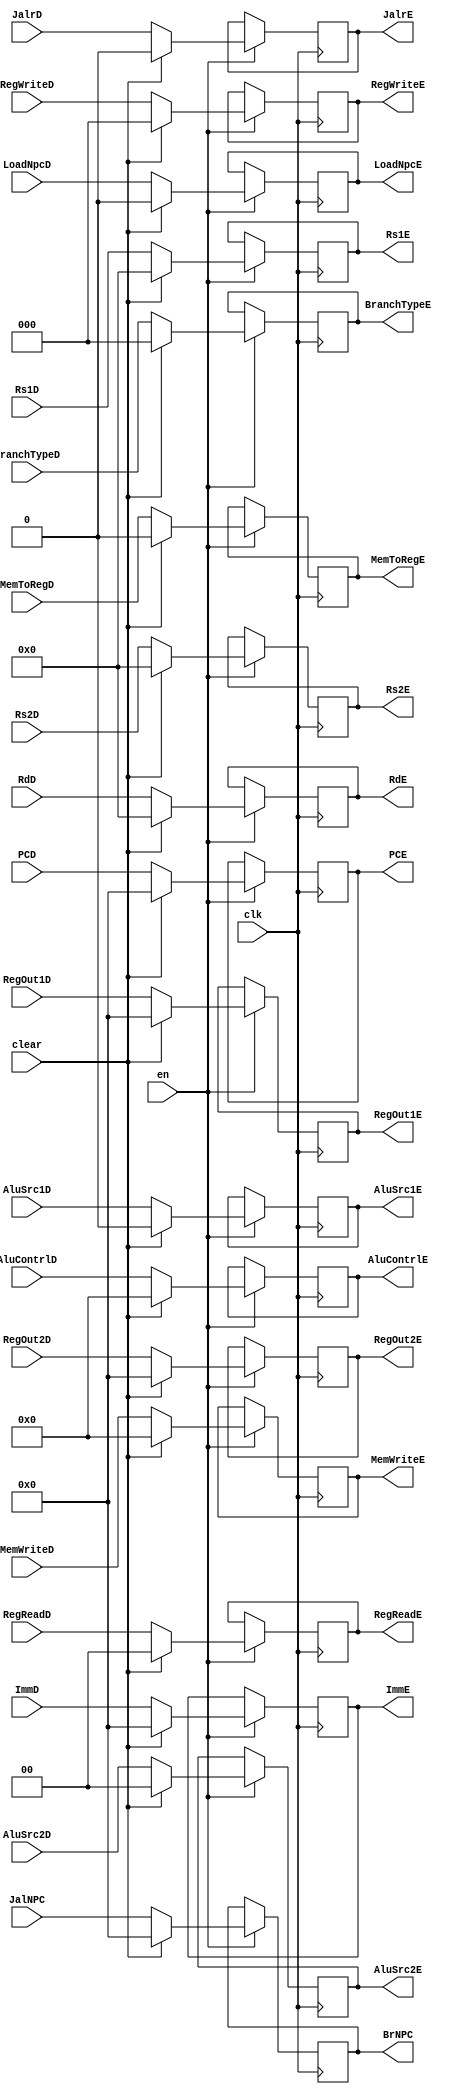
`timescale 1ns / 1ps
//////////////////////////////////////////////////////////////////////////////////
// Design Name: RISCV-Pipline CPU
// Module Name: EXSegReg
// Target Devices: Nexys4
// Tool Versions: Vivado 2017.4.1
// Description: ID-EX Segment Register
//////////////////////////////////////////////////////////////////////////////////
module EXSegReg(
    input wire clk,
    input wire en,
    input wire clear,
    //Data Signals
    input wire [31:0] PCD,
    output reg [31:0] PCE, 
    input wire [31:0] JalNPC,
    output reg [31:0] BrNPC, 
    input wire [31:0] ImmD,
    output reg [31:0] ImmE,
    input wire [4:0] RdD,
    output reg [4:0] RdE,
    input wire [4:0] Rs1D,
    output reg [4:0] Rs1E,
    input wire [4:0] Rs2D,
    output reg [4:0] Rs2E,
    input wire [31:0] RegOut1D,
    output reg [31:0] RegOut1E,
    input wire [31:0] RegOut2D,
    output reg [31:0] RegOut2E,
    //Control Signals
    input wire JalrD,
    output reg JalrE,
    input wire [2:0] RegWriteD,
    output reg [2:0] RegWriteE,
    input wire MemToRegD,
    output reg MemToRegE,
    input wire [3:0] MemWriteD,
    output reg [3:0] MemWriteE,
    input wire LoadNpcD,
    output reg LoadNpcE,
    input wire [1:0] RegReadD,
    output reg [1:0] RegReadE, 
    input wire [2:0] BranchTypeD,
    output reg [2:0] BranchTypeE,
    input wire [3:0] AluContrlD,    //!
    output reg [3:0] AluContrlE,    //!
    input wire AluSrc1D,
    output reg AluSrc1E,
    input wire [1:0] AluSrc2D,
    output reg [1:0] AluSrc2E
    );
    initial begin
        PCE        = 32'b0; 
        BrNPC      = 32'b0; 
        ImmE       = 32'b0;
        RdE        = 32'b0;
        Rs1E       = 5'b0;
        Rs2E       = 5'b0;
        RegOut1E   = 32'b0;
        RegOut2E   = 32'b0;
        JalrE      = 1'b0;
        RegWriteE  = 1'b0;
        MemToRegE  = 1'b0;
        MemWriteE  = 1'b0;
        LoadNpcE   = 1'b0;
        RegReadE   = 2'b00;
        BranchTypeE = 3'b0;
        AluContrlE = 4'b0;
        AluSrc1E   = 1'b0; 
        AluSrc2E   = 2'b0; 
    end
    //
    always@(posedge clk) begin
        if(en)
            if(clear)
                begin
                PCE<=32'b0; 
                BrNPC<=32'b0; 
                ImmE<=32'b0;
                RdE<=32'b0;
                Rs1E<=5'b0;
                Rs2E<=5'b0;
                RegOut1E<=32'b0;
                RegOut2E<=32'b0;
                JalrE<=1'b0;
                RegWriteE<=1'b0;
                MemToRegE<=1'b0;
                MemWriteE<=1'b0;
                LoadNpcE<=1'b0;
                RegReadE<=2'b00;
                BranchTypeE = 3'b0;
                AluContrlE<=4'b0;
                AluSrc1E<=1'b0; 
                AluSrc2E<=2'b0;     
            end else begin
                PCE<=PCD; 
                BrNPC<=JalNPC; 
                ImmE<=ImmD;
                RdE<=RdD;
                Rs1E<=Rs1D;
                Rs2E<=Rs2D;
                RegOut1E<=RegOut1D;
                RegOut2E<=RegOut2D;
                JalrE<=JalrD;
                RegWriteE=RegWriteD;
                MemToRegE<=MemToRegD;
                MemWriteE<=MemWriteD;
                LoadNpcE<=LoadNpcD;
                RegReadE<=RegReadD;
                BranchTypeE = BranchTypeD;
                AluContrlE<=AluContrlD;
                AluSrc1E<=AluSrc1D;
                AluSrc2E<=AluSrc2D;         
            end
        end
    
endmodule

//
    //EN==0
//  
    //